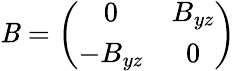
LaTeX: \mathit{B}=\left(\begin{array}{cc}{{0}}&{{B_{yz}}}\\ {{-B_{yz}}}&{{0}}\end{array}\right)